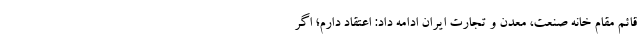
قائم مقام خانه صنعت، معدن و تجارت ایران ادامه داد: اعتقاد دارم؛ اگر